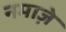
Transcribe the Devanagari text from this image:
नमाज़े